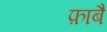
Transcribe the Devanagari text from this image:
फ़ाबै